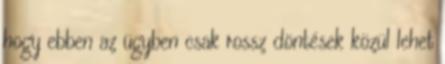
hogy ebben az ügyben csak rossz döntések közül lehet